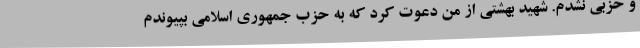
و حزبی نشدم. شهید بهشتی از من دعوت کرد که به حزب جمهوری اسلامی بپیوندم